King Institute of Preventive Medicine Bacteriolog. Section reports 1907-08
Year: 1907
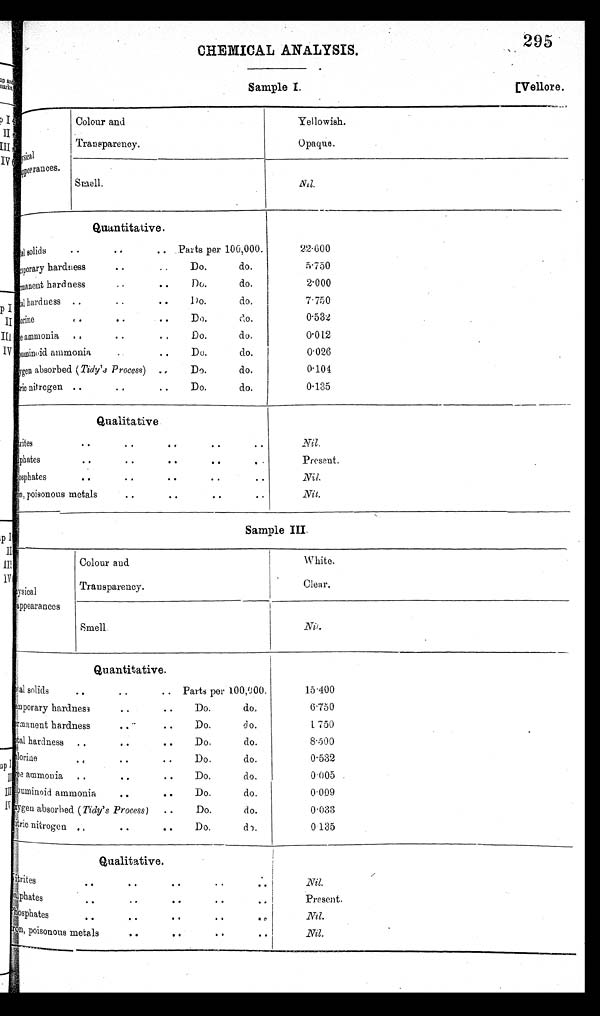
CHEMICAL ANALYSIS.
295
Sample I,
[Vellore
ore.
Colour and
Yellowish.
Transparency.
Opaque.
._
appearances.
Smell.
Nil.
Quantitative.
al solids
• •
• •
.. Parts per 100,000.
22.600
porary hardness
..
..
Do.
do.
5.750
permanent hardness
. •
• •
Do.
do.
2.000
al hardness ..
..
• •
Do.
do. I
7.750
Rine
• • • • • • Do. do. 0.532 .
ammonia
• • • • .. Do. do, 0.012
ammonia
..
Do.
do.
0.026
.
absorbed (Tidy's Process) . . Do. do. 0.101
nitrogen ..
..
• •
Do.
do.
0.135
Qualitative
writers
• •
..
• •
• •
Nil.
phates
..
• •
• •
• •
•
Present.
phosphates
• •
• •
• •
• .
• •
Nil.
poisonous metals
• •
• •
..
• •
Nit.
Sample III.
Colour and
White.
pysical
Transparency.
Clear.
appearances
Smell.
Nil. Nil
Quantitative.
Total solids . . • • • • Parts per 100,000. 15.400
Temporary hardness
..
..
Do.
do. 6.750
Permanent hardness
••
Do.
d o.
1.75
0l
Total hardness . . . . D o . d o 8 . 5 0 0
a Hlorine •• ••
Do.
do.
0.532
ammoni
. .
• •
Do.
do.
0.005 .
um
a ammonia
..
Do.
do.
0.009
Xygen absorbed (Tidy's Process)
..
Do.
do.
0.033
nitrogen.
Do.
do.
0.135
4 •
•
• •
Qualitative.
trites
- -
- -
- -
- -
- -
Nil.
Phates
- - - - - - - - - -
Present.
Ph o s p h a t e s
- - - - - - - - - - Ni l .
poisonous metals •
• - - - - - - - - -
N i l .